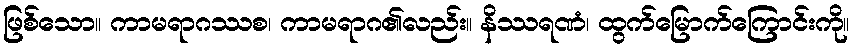
ဖြစ်သော။ ကာမရာဂဿစ၊ ကာမရာဂ၏လည်း။ နိဿရဏံ၊ ထွက်မြောက်ကြောင်းကို။